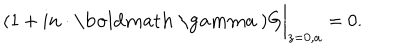
( 1 + i { \bf n \cdot \mathrm { \boldmath ~ \ g a m m a ~ } } ) G \bigg | _ { z = 0 , a } = 0 .